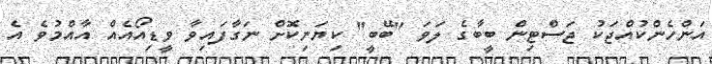
އަންހެންކުއްޖަކު ޖަސްޓިން ބީބާގެ ލަވަ "ބޭބީ" ކިޔަނިކޮށް ނަގާފައިވާ ވީޑިއޯއެއް އާއްމުވެ އެ